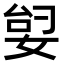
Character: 𫰶